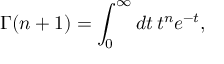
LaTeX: \Gamma ( n + 1 ) = \int _ { 0 } ^ { \infty } d t \, t ^ { n } e ^ { - t } ,